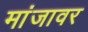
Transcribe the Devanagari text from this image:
मांजावर